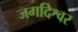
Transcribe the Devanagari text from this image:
जगदिश्वर